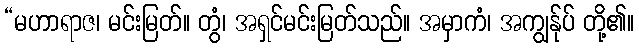
“မဟာရာဇ၊ မင်းမြတ်။ တွံ၊ အရှင်မင်းမြတ်သည်။ အမှာကံ၊ အကျွန်ုပ် တို့၏။